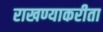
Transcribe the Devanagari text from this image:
राखण्याकरीता